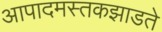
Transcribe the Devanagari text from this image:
आपादमस्तकझाडते